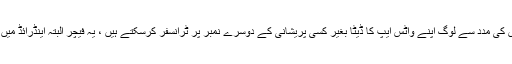
گزشتہ مہینے واٹس ایپ کی بیٹاورژن میں ایک نیا فیچر متعارف کروایا تھا جس کی مدد سے لوگ اپنے واٹس ایپ کا ڈیٹا بغیر کسی پریشانی کے دوسرے نمبر پر ٹرانسفر کرسکتے ہیں ، یہ فیچر البتہ اینڈرائڈ میں موجود ہے اور جلد ہی یہ فیچر آئی او اس کیلئے بھی متعارف کروادیا جائے گا۔